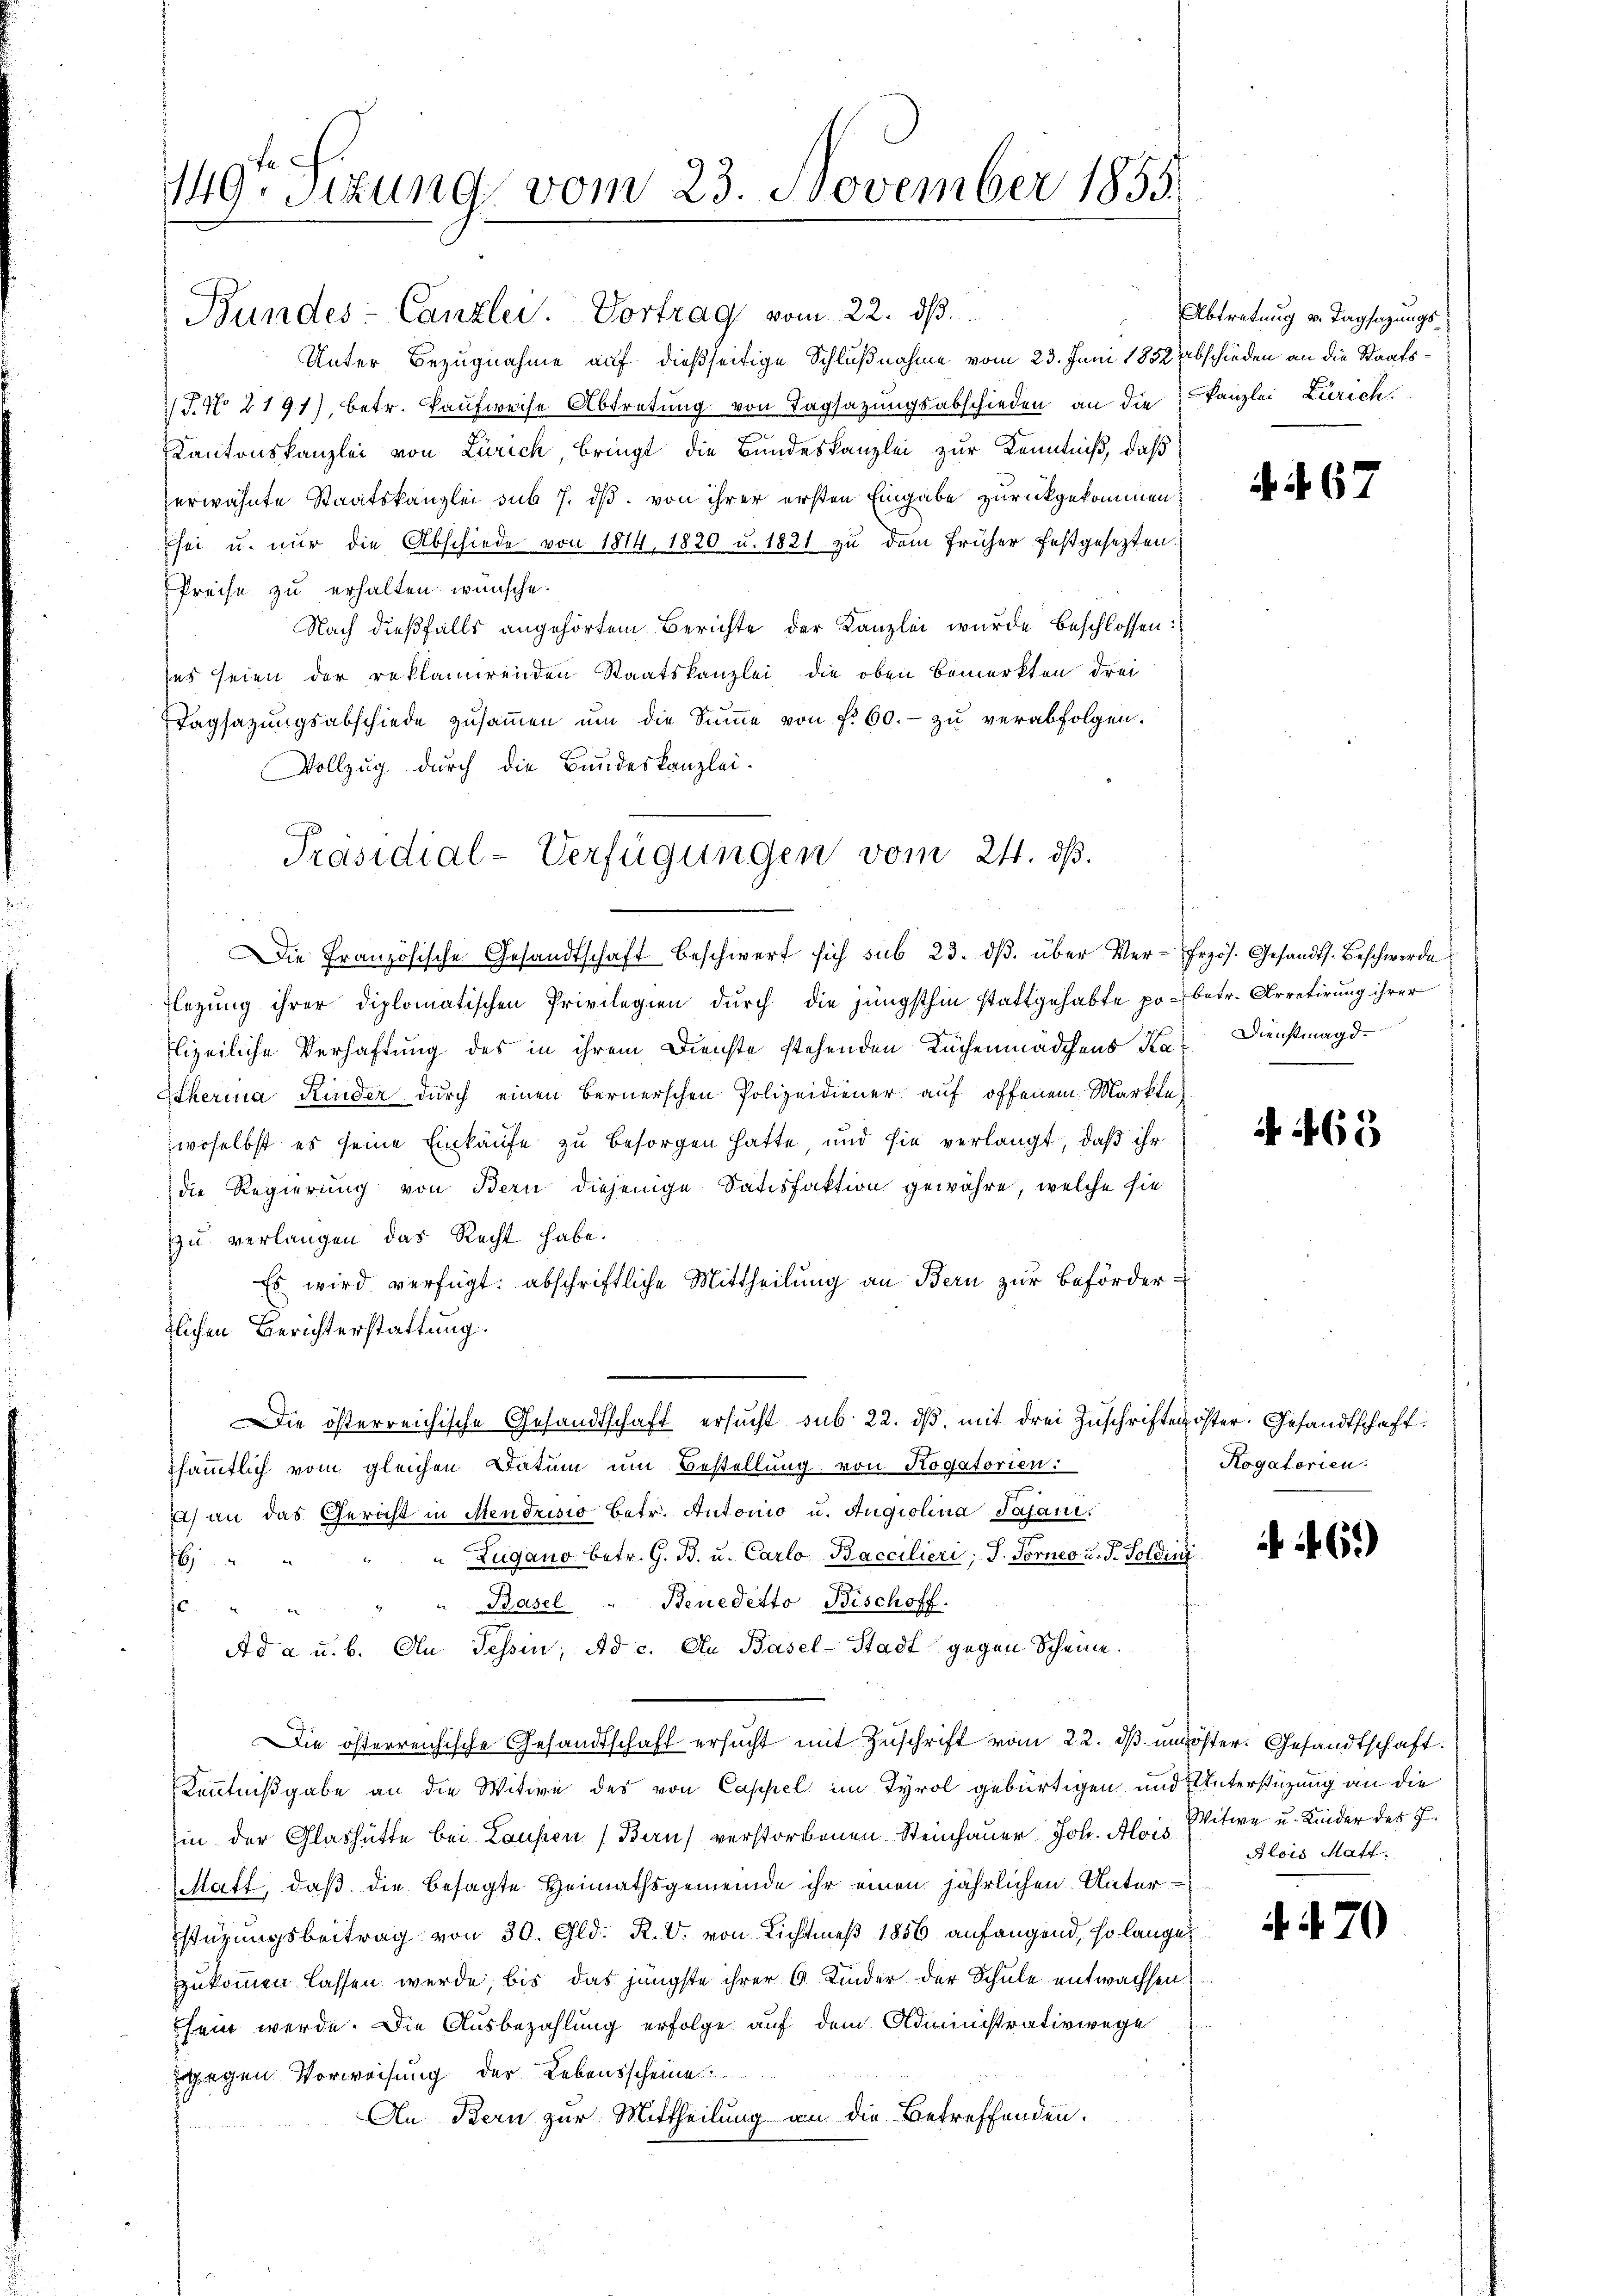
149. Sizung vom 23. November 1855.

Bundes-Canzlei. Vortrag vom 22. ds.
Unter Bezugnahme auf dießseitige Schlußnahme vom 23. Juni 1852 Abschieden an die Staats¬
T. No 2191), betr. Kaufweise Abtretung von Tagsazungsabschieden an die
Kantonskanzlei von Zürich, bringt die Bundeskanzlei zur Kenntniß, daß
erwähnte Staatskanzlei sub 7. ds. von ihrer ersten Eingabe zurückgekommen
Esei u. nur die Abschiede von 1814, 1820 u. 1821 zu dem früher festgesezten.
Preise zu erhalten wünsche.
Nach dießfalls angehörtem Berichte der Kanzlei wurde beschlossen:
des seien der reklamirenden Staatskanzlei die oben bemerkten drei
Tagsazungsabschiede zŭsaṁen ŭm die Sŭṁe von f. 60.- zŭ verabfolgen.
Vollzug durch die Bundeskanzlei-
Die Französische Gesandtschaft beschwert sich sub 23. dβ über Ver-Erzös. Gesandts. Beschwerde
Flegung ihrer diplomatischen Privilegien durch die jüngsthin stattgehabte po- betr. Arretirung ihrer
lizeiliche Verhaftung des in ihrem Dienste stehenden Kuchenmädchens Ka-Dienstmagd¬
Etherina Kinder durch einen Bernerschen Polizeidiener auf offenem Markte,
woselbst es seine Einkäufe zu besorgen hatte und sie verlangt, daß ihr
die Regierung von Bern diejenige Satisfaktion gewähre, welche sie
zu verlangen das Recht habe.
Es wird verfügt: abschriftliche Mittheilŭng an Bern zur Befördertlichen Berichterstattung.
Die österreichische Gesandtschaft ersucht sub. 22. dβ mit drei Zuschriften öster. Gesandtschaft
sämmtlich vom gleichen Datum um Bestellung von Kogatorien:
) an das Gericht in Mendrisio betr. Antonio u. Angiolina Jajan.
" " Zugano betr. G. B. u. Carlo-Baccilieri, J. Forner u. F. Soldini
.
Je " " " " Basel " Benedetto Bischoff.
Ad a u. b. An Tessin, Ad c. An Basel-Stadt gegen Scheine.
Die österreichische Gesandtschaft ersucht mit Zuschrift vom 22. dβ unlöster Gesandtschaft.
Kenntnißgabe an die Witwe des von Cappel im Tyrol gebürtigen und Unterstüzung an die
in der Glashütte bei Laupen (Barus verstorbenen Steinhauer Joh. Alois Witwe u. Kinder des J.
Matt, daß die besagte Heimathsgemeinde ihr einen jährlichen Unterstüzungsbeitrag von 30. Gld. R. V. von Lichtmeß 1856 anfangend, so lange
zukommen lassen werde, bis das jüngste ihrer 6 Kinder der Schule entwachsen
sein werde. Die Ausbezahlung erfolge auf dem Administrativwege
gegen Vorweisung der Lebensscheine
An Bern zur Mittheilung an die Betreffenden.

Präsidial-Verfügungen vom 24. d.

Abtretung v. Tagsazungs¬
Kanzlei Zürich.

. 67

465

Kogatorien.

6)

Alois Matt.

7

¬